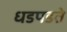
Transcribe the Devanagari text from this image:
धडपडते